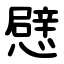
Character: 憵